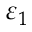
\varepsilon _ { 1 }